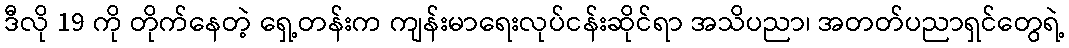
ဒီလို 19 ကို တိုက်နေတဲ့ ရှေ့တန်းက ကျန်းမာရေးလုပ်ငန်းဆိုင်ရာ အသိပညာ၊ အတတ်ပညာရှင်တွေရဲ့